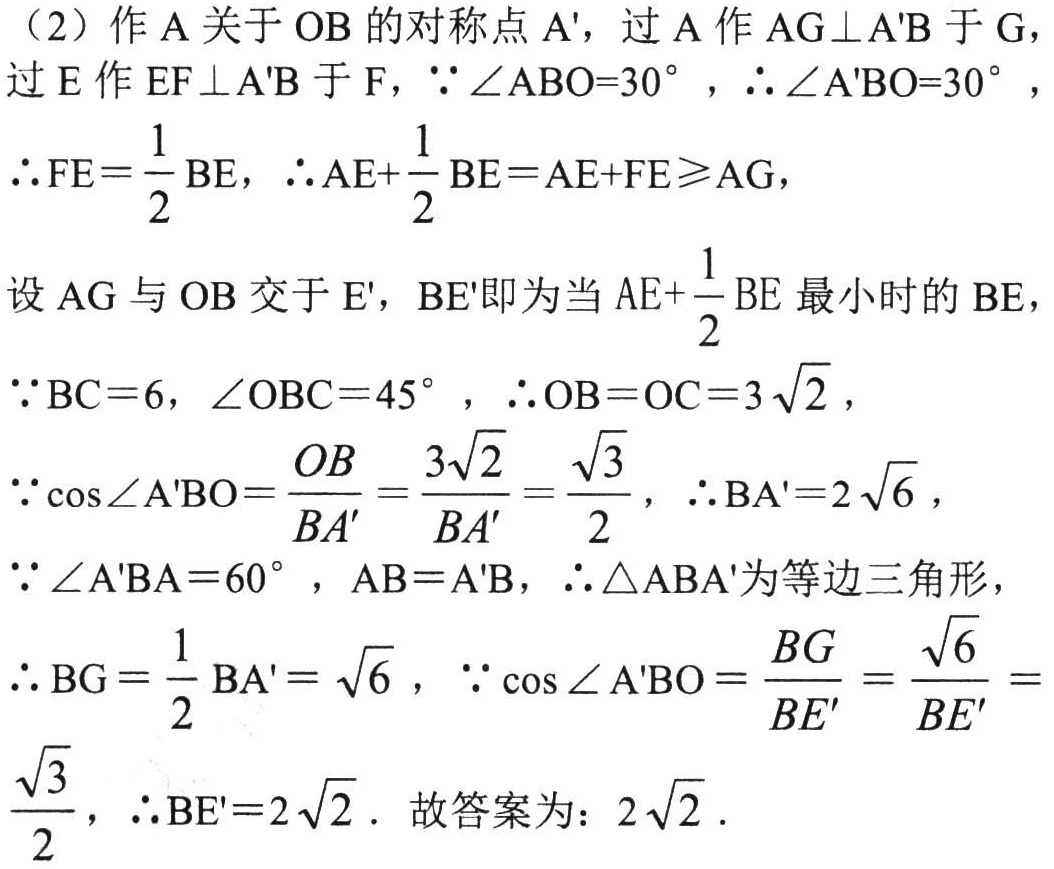
（2）作 \(A\) 关于 \(OB\) 的对称点 \(A'\)，过 \(A\) 作 \(AG\perp A'B\) 于 \(G\)，过 \(E\) 作 \(EF\perp A'B\) 于 \(F\)，\(\because\angle ABO = 30^{\circ}\)，\(\therefore\angle A'BO = 30^{\circ}\)，
\(\therefore FE=\frac{1}{2}BE\)，\(\therefore AE+\frac{1}{2}BE = AE + FE\geqslant AG\)，
设 \(AG\) 与 \(OB\) 交于 \(E'\)，\(BE'\) 即为当 \(AE+\frac{1}{2}BE\) 最小时的 \(BE\)，
\(\because BC = 6\)，\(\angle OBC = 45^{\circ}\)，\(\therefore OB = OC = 3\sqrt{2}\)，
\(\because\cos\angle A'BO=\frac{OB}{BA'}=\frac{3\sqrt{2}}{BA'}=\frac{\sqrt{3}}{2}\)，\(\therefore BA' = 2\sqrt{6}\)，
\(\because\angle A'BA = 60^{\circ}\)，\(AB = A'B\)，\(\therefore\triangle ABA'\) 为等边三角形，
\(\therefore BG=\frac{1}{2}BA'=\sqrt{6}\)，\(\because\cos\angle A'BO=\frac{BG}{BE'}=\frac{\sqrt{6}}{BE'}=\frac{\sqrt{3}}{2}\)，\(\therefore BE' = 2\sqrt{2}\)．故答案为：\(2\sqrt{2}\)．